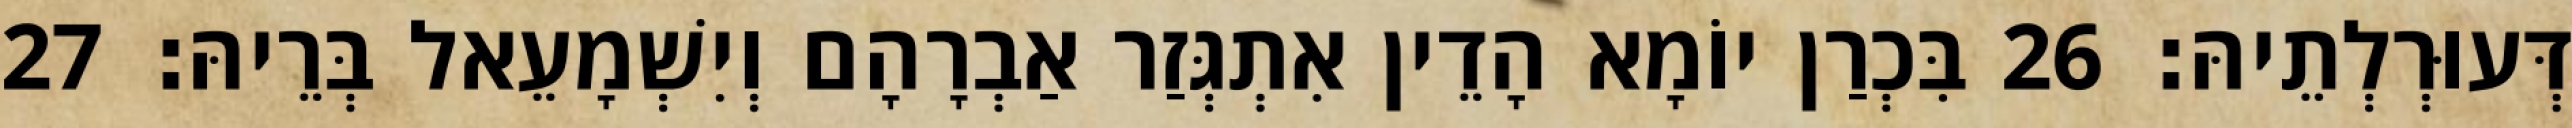
דְּעוּרְלְתֵיהּ׃ 26 בִּכְרַן יוֹמָא הָדֵין אִתְגְּזַר אַבְרָהָם וְיִשְׁמָעֵאל בְּרֵיהּ׃ 27